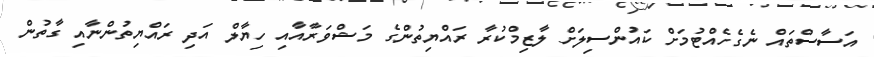
އަސާސްތައް ނެގެހެއްޓުމަށް ކައުންސިލަށް ލާޒިމްކުރާ ރައްޔިތުންގެ މަޝްވަރާއާއި ހިޔާލް އަދި ރައްޔިތުންނާއި ގާތުން